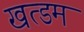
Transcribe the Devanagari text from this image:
खत्डम